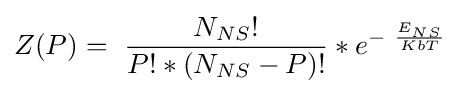
Z(P)=~{\frac {N_{NS}!}{P!*(N_{NS}-P)!}}*{e}^{-~{\frac {E_{NS}}{KbT}}}